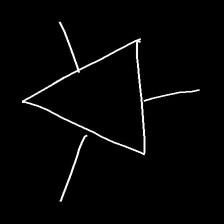
Glyph: fire